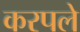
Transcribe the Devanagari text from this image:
करपले